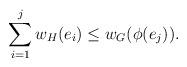
LaTeX: \begin{align*} \sum_{i=1}^{j} w_H(e_i) \le w_G(\phi(e_j)). \end{align*}